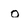
Character: o